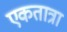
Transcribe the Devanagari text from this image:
एकतात्रा